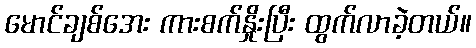
မောင်ချစ်အေး ကားစက်နှိုးပြီး ထွက်လာခဲ့တယ်။